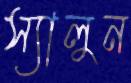
স্যালুন